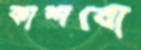
কাশবো